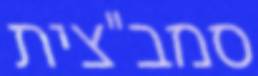
סמב"צית